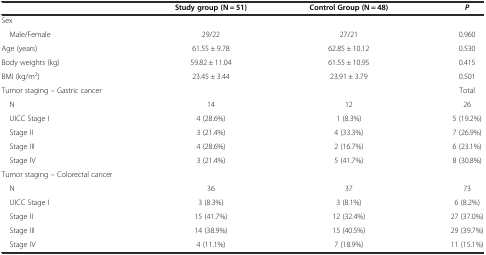
<table><thead><tr><td></td><td><b>Study group (N = 51)</b></td><td><b>Control Group (N = 48)</b></td><td><b><i>P</i></b></td></tr></thead><tbody><tr><td>Sex</td><td></td><td></td><td></td></tr><tr><td> Male/Female</td><td>29/22</td><td>27/21</td><td>0.960</td></tr><tr><td>Age (years)</td><td>61.55 ± 9.78</td><td>62.85 ± 10.12</td><td>0.530</td></tr><tr><td>Body weights (kg)</td><td>59.82 ± 11.04</td><td>61.55 ± 10.95</td><td>0.415</td></tr><tr><td>BMI (kg/m<sup>2</sup>)</td><td>23.45 ± 3.44</td><td>23.91 ± 3.79</td><td>0.501</td></tr><tr><td>Tumor staging – Gastric cancer</td><td></td><td></td><td>Total</td></tr><tr><td> N</td><td>14</td><td>12</td><td>26</td></tr><tr><td> UICC Stage I</td><td>4 (28.6%)</td><td>1 (8.3%)</td><td>5 (19.2%)</td></tr><tr><td> Stage II</td><td>3 (21.4%)</td><td>4 (33.3%)</td><td>7 (26.9%)</td></tr><tr><td> Stage III</td><td>4 (28.6%)</td><td>2 (16.7%)</td><td>6 (23.1%)</td></tr><tr><td> Stage IV</td><td>3 (21.4%)</td><td>5 (41.7%)</td><td>8 (30.8%)</td></tr><tr><td>Tumor staging – Colorectal cancer</td><td></td><td></td><td></td></tr><tr><td> N</td><td>36</td><td>37</td><td>73</td></tr><tr><td> UICC Stage I</td><td>3 (8.3%)</td><td>3 (8.1%)</td><td>6 (8.2%)</td></tr><tr><td> Stage II</td><td>15 (41.7%)</td><td>12 (32.4%)</td><td>27 (37.0%)</td></tr><tr><td> Stage III</td><td>14 (38.9%)</td><td>15 (40.5%)</td><td>29 (39.7%)</td></tr><tr><td> Stage IV</td><td>4 (11.1%)</td><td>7 (18.9%)</td><td>11 (15.1%)</td></tr></tbody></table>